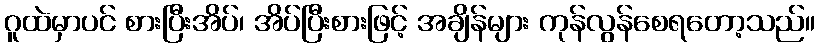
ဂူထဲမှာပင် စားပြီးအိပ်၊ အိပ်ပြီးစားဖြင့် အချိန်များ ကုန်လွန်စေရတော့သည်။